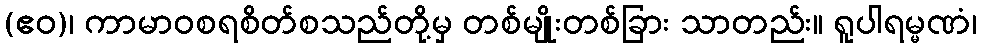
(ဧဝ)၊ ကာမာဝစရစိတ်စသည်တို့မှ တစ်မျိုးတစ်ခြား သာတည်း။ ရူပါရမ္မဏံ၊